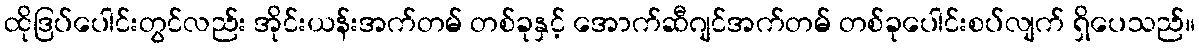
ထိုဒြပ်ပေါင်းတွင်လည်း အိုင်းယန်းအက်တမ် တစ်ခုနှင့် အောက်ဆီဂျင်အက်တမ် တစ်ခုပေါင်းစပ်လျက် ရှိပေသည်။